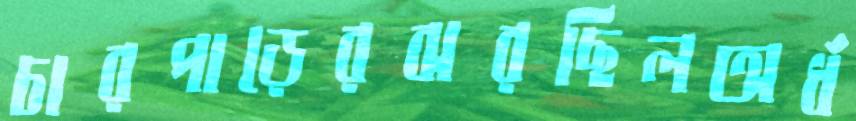
চারপাড়েরঝরছিলঅর্ধ